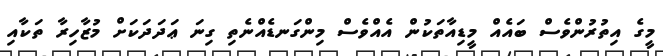
މީގެ އިތުރުންވެސް ބައެއް މީޑިއާތަކުން އެއްވެސް މިންގަނޑެއްނެތި ގިނަ ޢަދަދަކަށް މުޒާހިރާ ތަކާއި